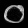
Digit: ၀